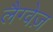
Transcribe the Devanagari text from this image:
लैग्वेज़